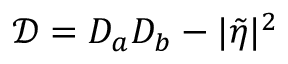
\mathcal { D } = D _ { a } D _ { b } - | \tilde { \eta } | ^ { 2 }